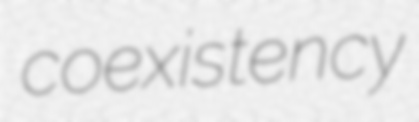
coexistency